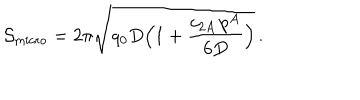
{ \cal S } _ { \mathrm { m i c r o } } = 2 \pi \sqrt { q _ { 0 } D \Big ( 1 + { \frac { c _ { 2 A } \, p ^ { A } } { 6 D } } \Big ) } \, .